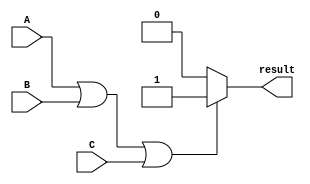
module if_else_logical_OR(
    input A,
    input B,
    input C,
    output reg result
);

always @(*)
begin
    if(A || B || C)
        result <= 1;
    else
        result <= 0;
end

endmodule